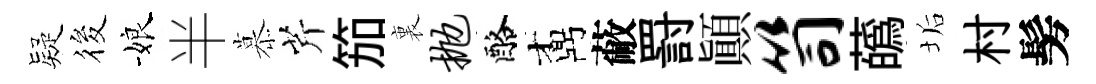
疑筱娘半慕芹笳裏抛酪鼒蔽罸顚笥蘤垢村髣